Civil Veterinary Department ledger series I-VI
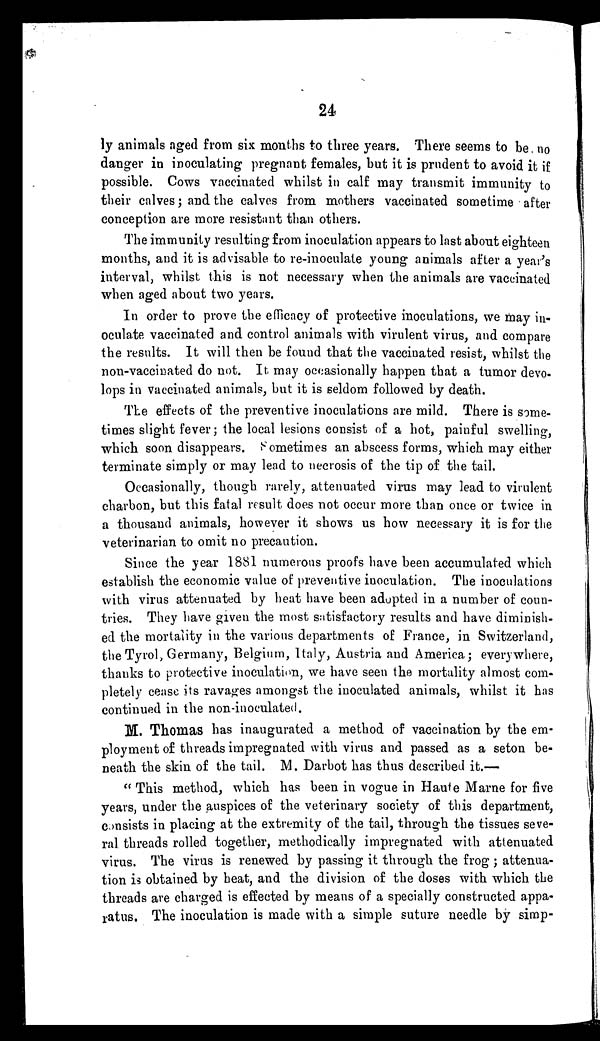
24
ly animals aged from six months to three years. There seems to be no
danger in inoculating pregnant females, but it is prudent to avoid it if
possible. Cows vaccinated whilst in calf may transmit immunity to
their calves; and the calves from mothers vaccinated sometime after
conception are more resistant than others.
The immunity resulting from inoculation appears to last about eighteen
months, and it is advisable to re-inoculate young animals after a year's
interval, whilst this is not necessary when the animals are vaccinated
when aged about two years.
In order to prove the efficacy of protective inoculations, we may in-
oculate vaccinated and control animals with virulent virus, and compare
the results. It will then be found that the vaccinated resist, whilst the
non-vaccinated do not. It may occasionally happen that a tumor devo-
lops in vaccinated animals, but it is seldom followed by death.
The effects of the preventive inoculations are mild. There is some-
times slight fever ; the local lesions consist of a hot, painful swelling,
which soon disappears. Sometimes an abscess forms, which may either
terminate simply or may lead to necrosis of the tip of the tail.
Occasionally, though rarely, attenuated virus may lead to virulent
charbon, but this fatal result does not occur more than once or twice in
a thousand animals, however it shows us how necessary it is for the
veterinarian to omit no precaution.
Since the year 1881 numerous proofs have been accumulated which
establish the economic value of preventive inoculation. The inoculations
with virus attenuated by heat have been adopted in a number of coun-
tries. They have given the most satisfactory results and have diminish-
ed the mortality in the various departments of France, in Switzerland,
the Tyrol, Germany, Belgium, Italy, Austria and America; everywhere,
thanks to protective inoculation, we have seen the mortality almost com-
pletely cease its ravages amongst the inoculated animals, whilst it has
continued in the non-inoculated.
M. Thomas has inaugurated a method of vaccination by the em-
ployment of threads impregnated with virus and passed as a seton be-
neath the skin of the tail. M. Darbot has thus described it.—
" This method, which has been in vogue in Haute Marne for five
years, under the auspices of the veterinary society of this department,
consists in placing at the extremity of the tail, through the tissues seve-
ral threads rolled together, methodically impregnated with attenuated
virus. The virus is renewed by passing it through the frog; attenua-
tion is obtained by heat, and the division of the doses with which the
threads are charged is effected by means of a specially constructed appa-
ratus. The inoculation is made with a simple suture needle by simp-